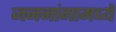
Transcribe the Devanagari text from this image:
जननांगामध्ये